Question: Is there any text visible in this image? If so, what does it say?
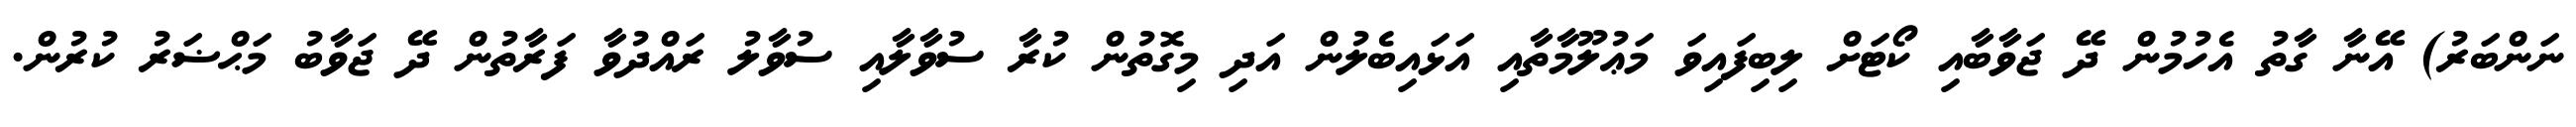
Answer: ނަންބަރު) އޭނާ ގާތު އެހުމުން ދޭ ޖަވާބާއި ކޯޓަށް ލިބިފައިވަ މަޢުލޫމާތާއި އަޅައިބެލުން އަދި މިގޮތުން ކުރާ ސުވާލާއި ސުވާލު ރައްދުވާ ފަރާތުން ދޭ ޖަވާބު މަޙްޟަރު ކުރުން.